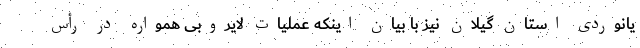
یانوردی استان گیلان نیز با بیان اینکه عملیات لایروبی همواره در رأس